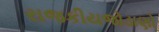
રાજકીયજોડાણો